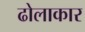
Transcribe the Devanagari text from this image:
ढोलाकार